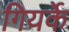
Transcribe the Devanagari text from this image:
गियर्के